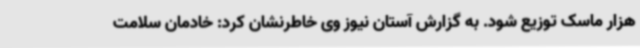
هزار ماسک توزیع شود. به گزارش آستان نیوز وی خاطرنشان کرد: خادمان سلامت